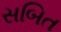
સબિત